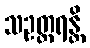
သဥတ္တရန္တိ